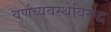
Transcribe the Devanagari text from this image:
वर्णव्यवस्थेविरुद्ध